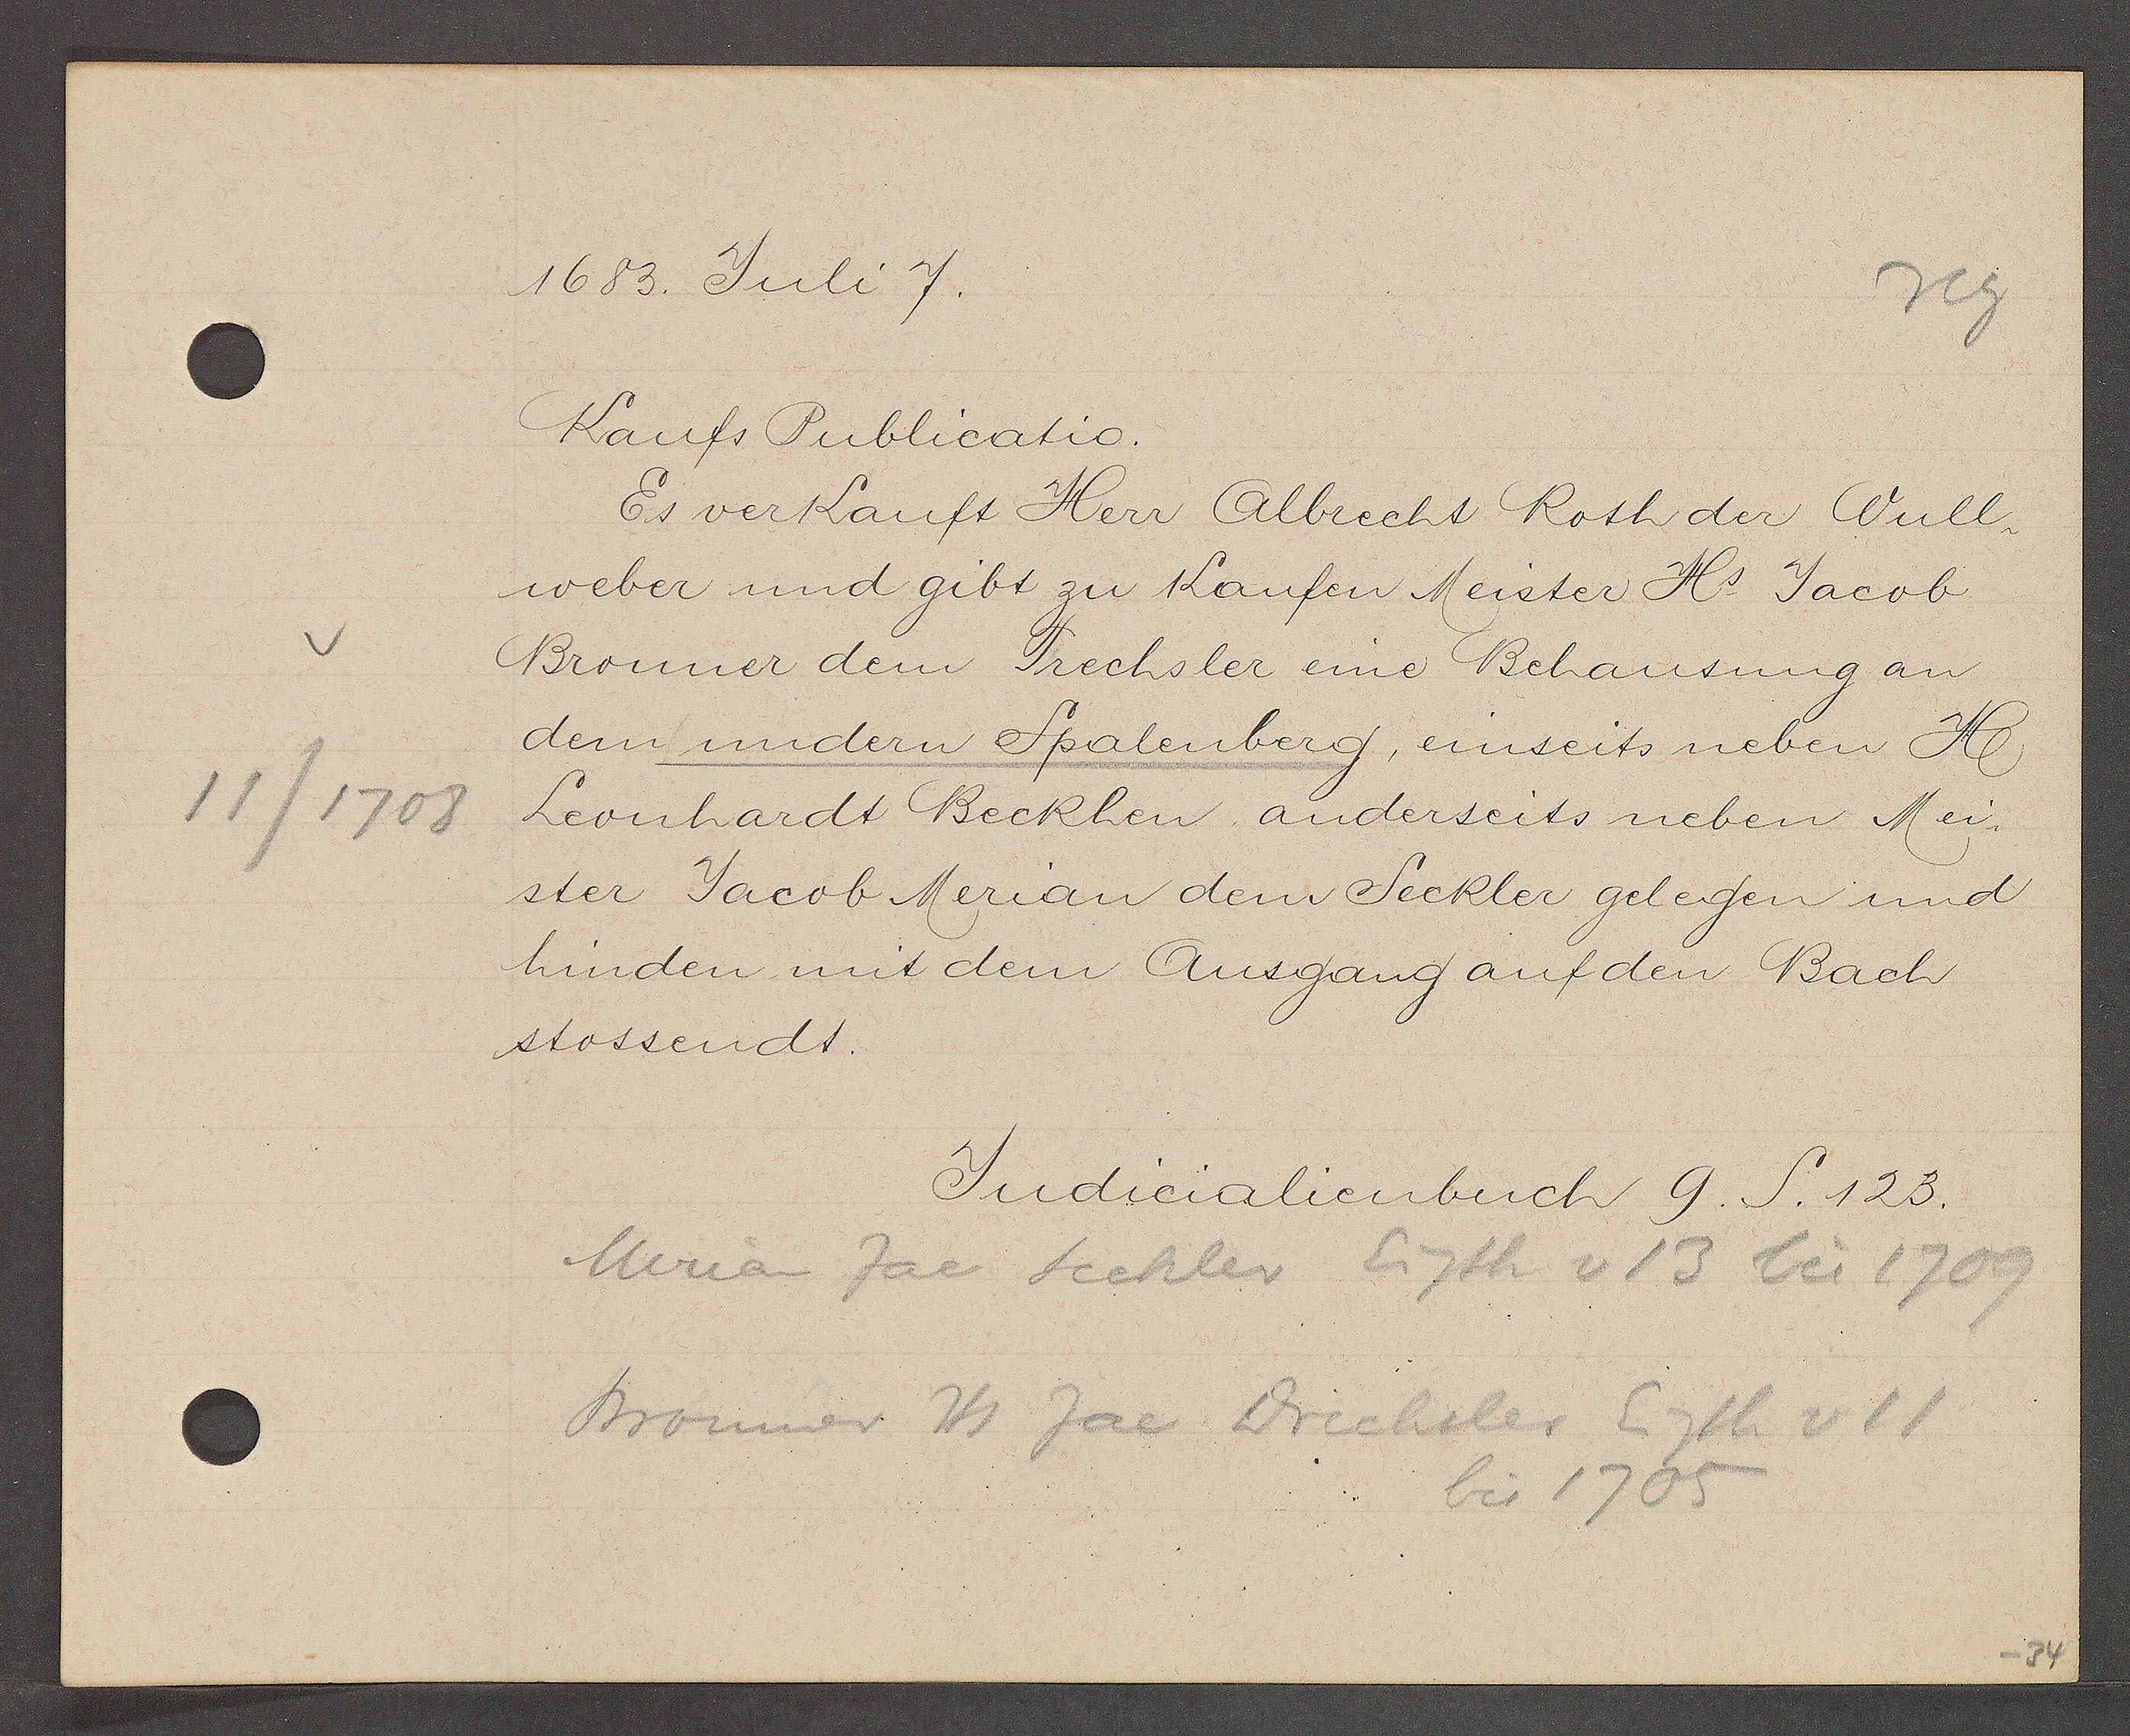
Transcript:
11/1708

1683. Juli 7.

Kaufs Publicatio.
Es verkauft Herr Albrecht Roth der Wull¬
weber und gibt zu Kaufen Meister Hr. Jacob
Bronner dem Trechsler eine Behausung an
dem undern Spalenberg, einseits neben H.
Leonhardt Beckhen, anderseits neben Mei¬
ster Jacob Merian dem Seckler gelegen und
hinden mit dem Ausgang auf den Bach
stossendt.

Judicalienbuch 9. S. 123.

Merian Jac Seckler Eigth v 13 bis 1709
Bronner Hs Jac Drechsler Eigth v 11
bis 1705